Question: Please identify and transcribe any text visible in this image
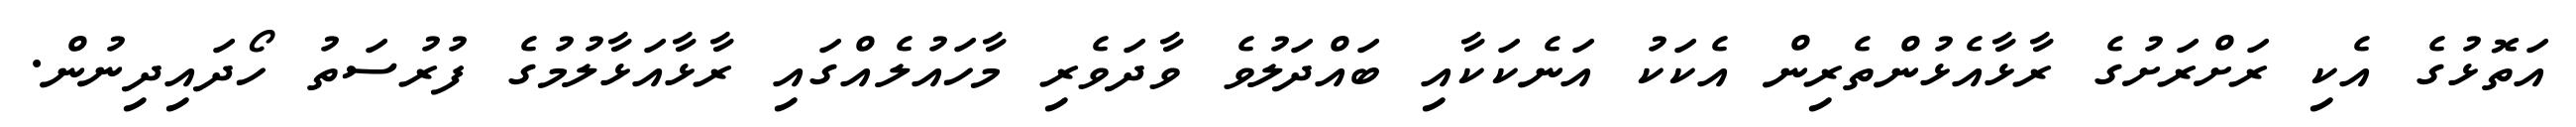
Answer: އަތޮޅުގެ އެކި ރަށްރަށުގެ ރާޅާއެޅުންތެރިން އެކަކު އަނެކަކާއި ބައްދަލުވެ ވާދަވެރި މާހައުލެއްގައި ރާޅާއަޅާލުމުގެ ފުރުސަތު ހޯދައިދިނުން.